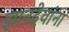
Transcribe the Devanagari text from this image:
ज्ञानदेवांना